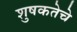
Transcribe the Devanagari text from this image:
शुषकतेचे